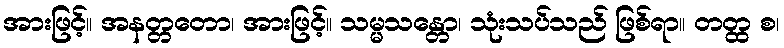
အားဖြင့်။ အနတ္တတော၊ အားဖြင့်။ သမ္မသန္တော၊ သုံးသပ်သည် ဖြစ်ရာ။ တတ္ထ စ၊